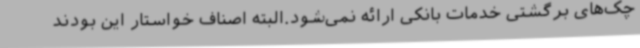
چک‌های برگشتی خدمات بانکی ارائه نمی‌شود.البته اصناف خواستار این بودند